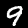
Label: 9